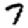
Digit: 7